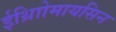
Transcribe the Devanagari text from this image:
ईथ्राोिमायसिन